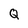
Character: Q